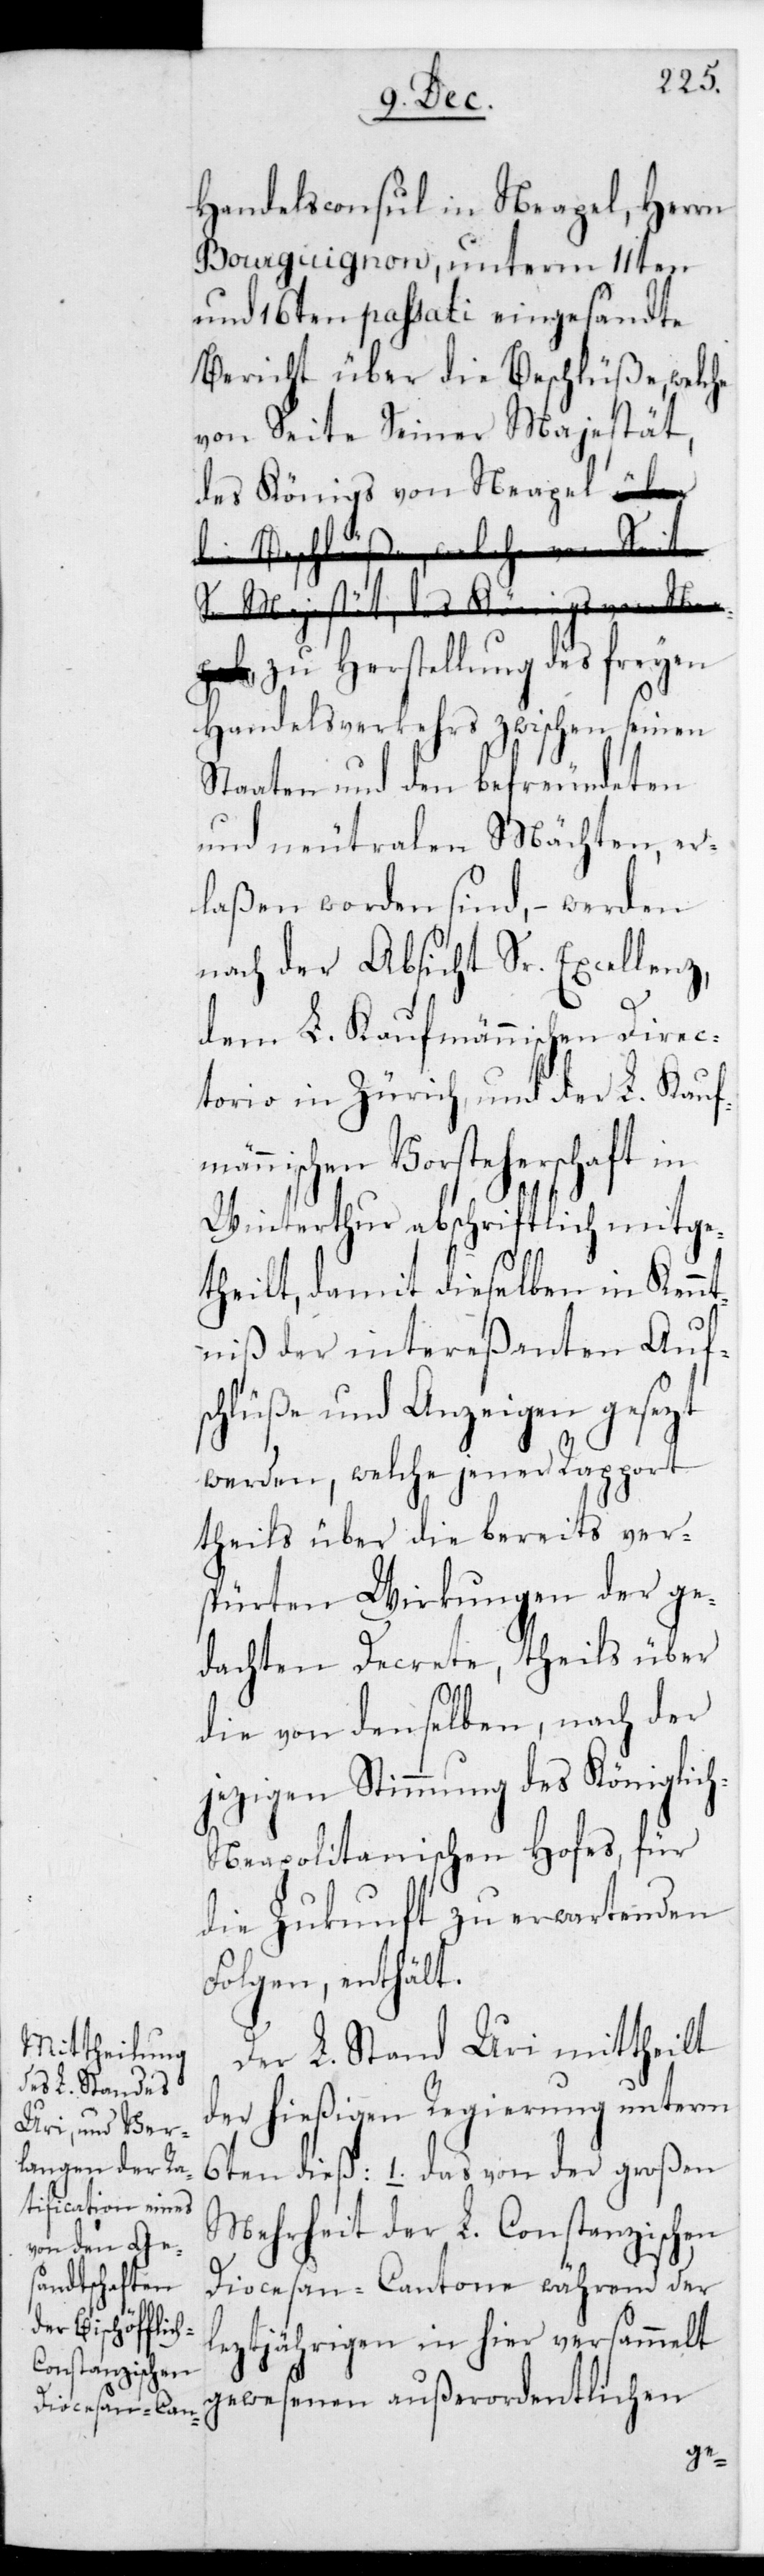
Handelsconsul in Neapel, Herrn
Bourguignon, unterm 11ten
und 16ten passati eingesandte
Bericht über die Beschlüße, welche
von Seite Seiner Majestät,
des Königs von Neapel
zu Herstellung des freyen
Handeslverkehrs zwischen seinen
Staaten und den befreundeten
und neutralen Mächten, er¬
laßen worden sind, – werden
nach der Absicht Sr. Excellenz,
dem L. Kaufmännischen Direc¬
torio in Zürich, und der L. Kaufmä¬
nnischen Vorsteherschaft in
Winterthur abschriftlich mitge¬
theilt, damit dieselben in Kenn¬
tniß der intereßanten Auf¬
schlüße und Anzeigen gesetzt
werden, welche jener Rapport
theils über die bereits vers¬
pürten Wirkungen der ge¬
dachten Decrete, theils über
die von denselben nach der
jetzigen Stimmung des königlic¬
h-neapolitanischen Hofes, für
die Zukunft zu erwartenden
Folgen, enthält.
Der L. Stand Uri mittheilt
der hießigen Regierung unterm
6ten dieß: 1. das von der großen
Mehrheit der L. Constanzischen
Diocesan-Cantone während der
leztjährigen in hier versammelt
gewesenen außerordentlichen